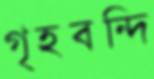
গৃহবন্দি